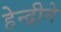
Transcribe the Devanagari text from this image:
हेन्द्रीने